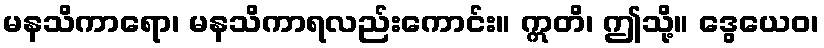
မနသိကာရော၊ မနသိကာရလည်းကောင်း။ ဣတိ၊ ဤသို့။ ဒွေယေဝ၊